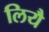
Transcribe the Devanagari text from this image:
लियै